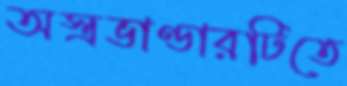
অস্ত্রভাণ্ডারটিতে